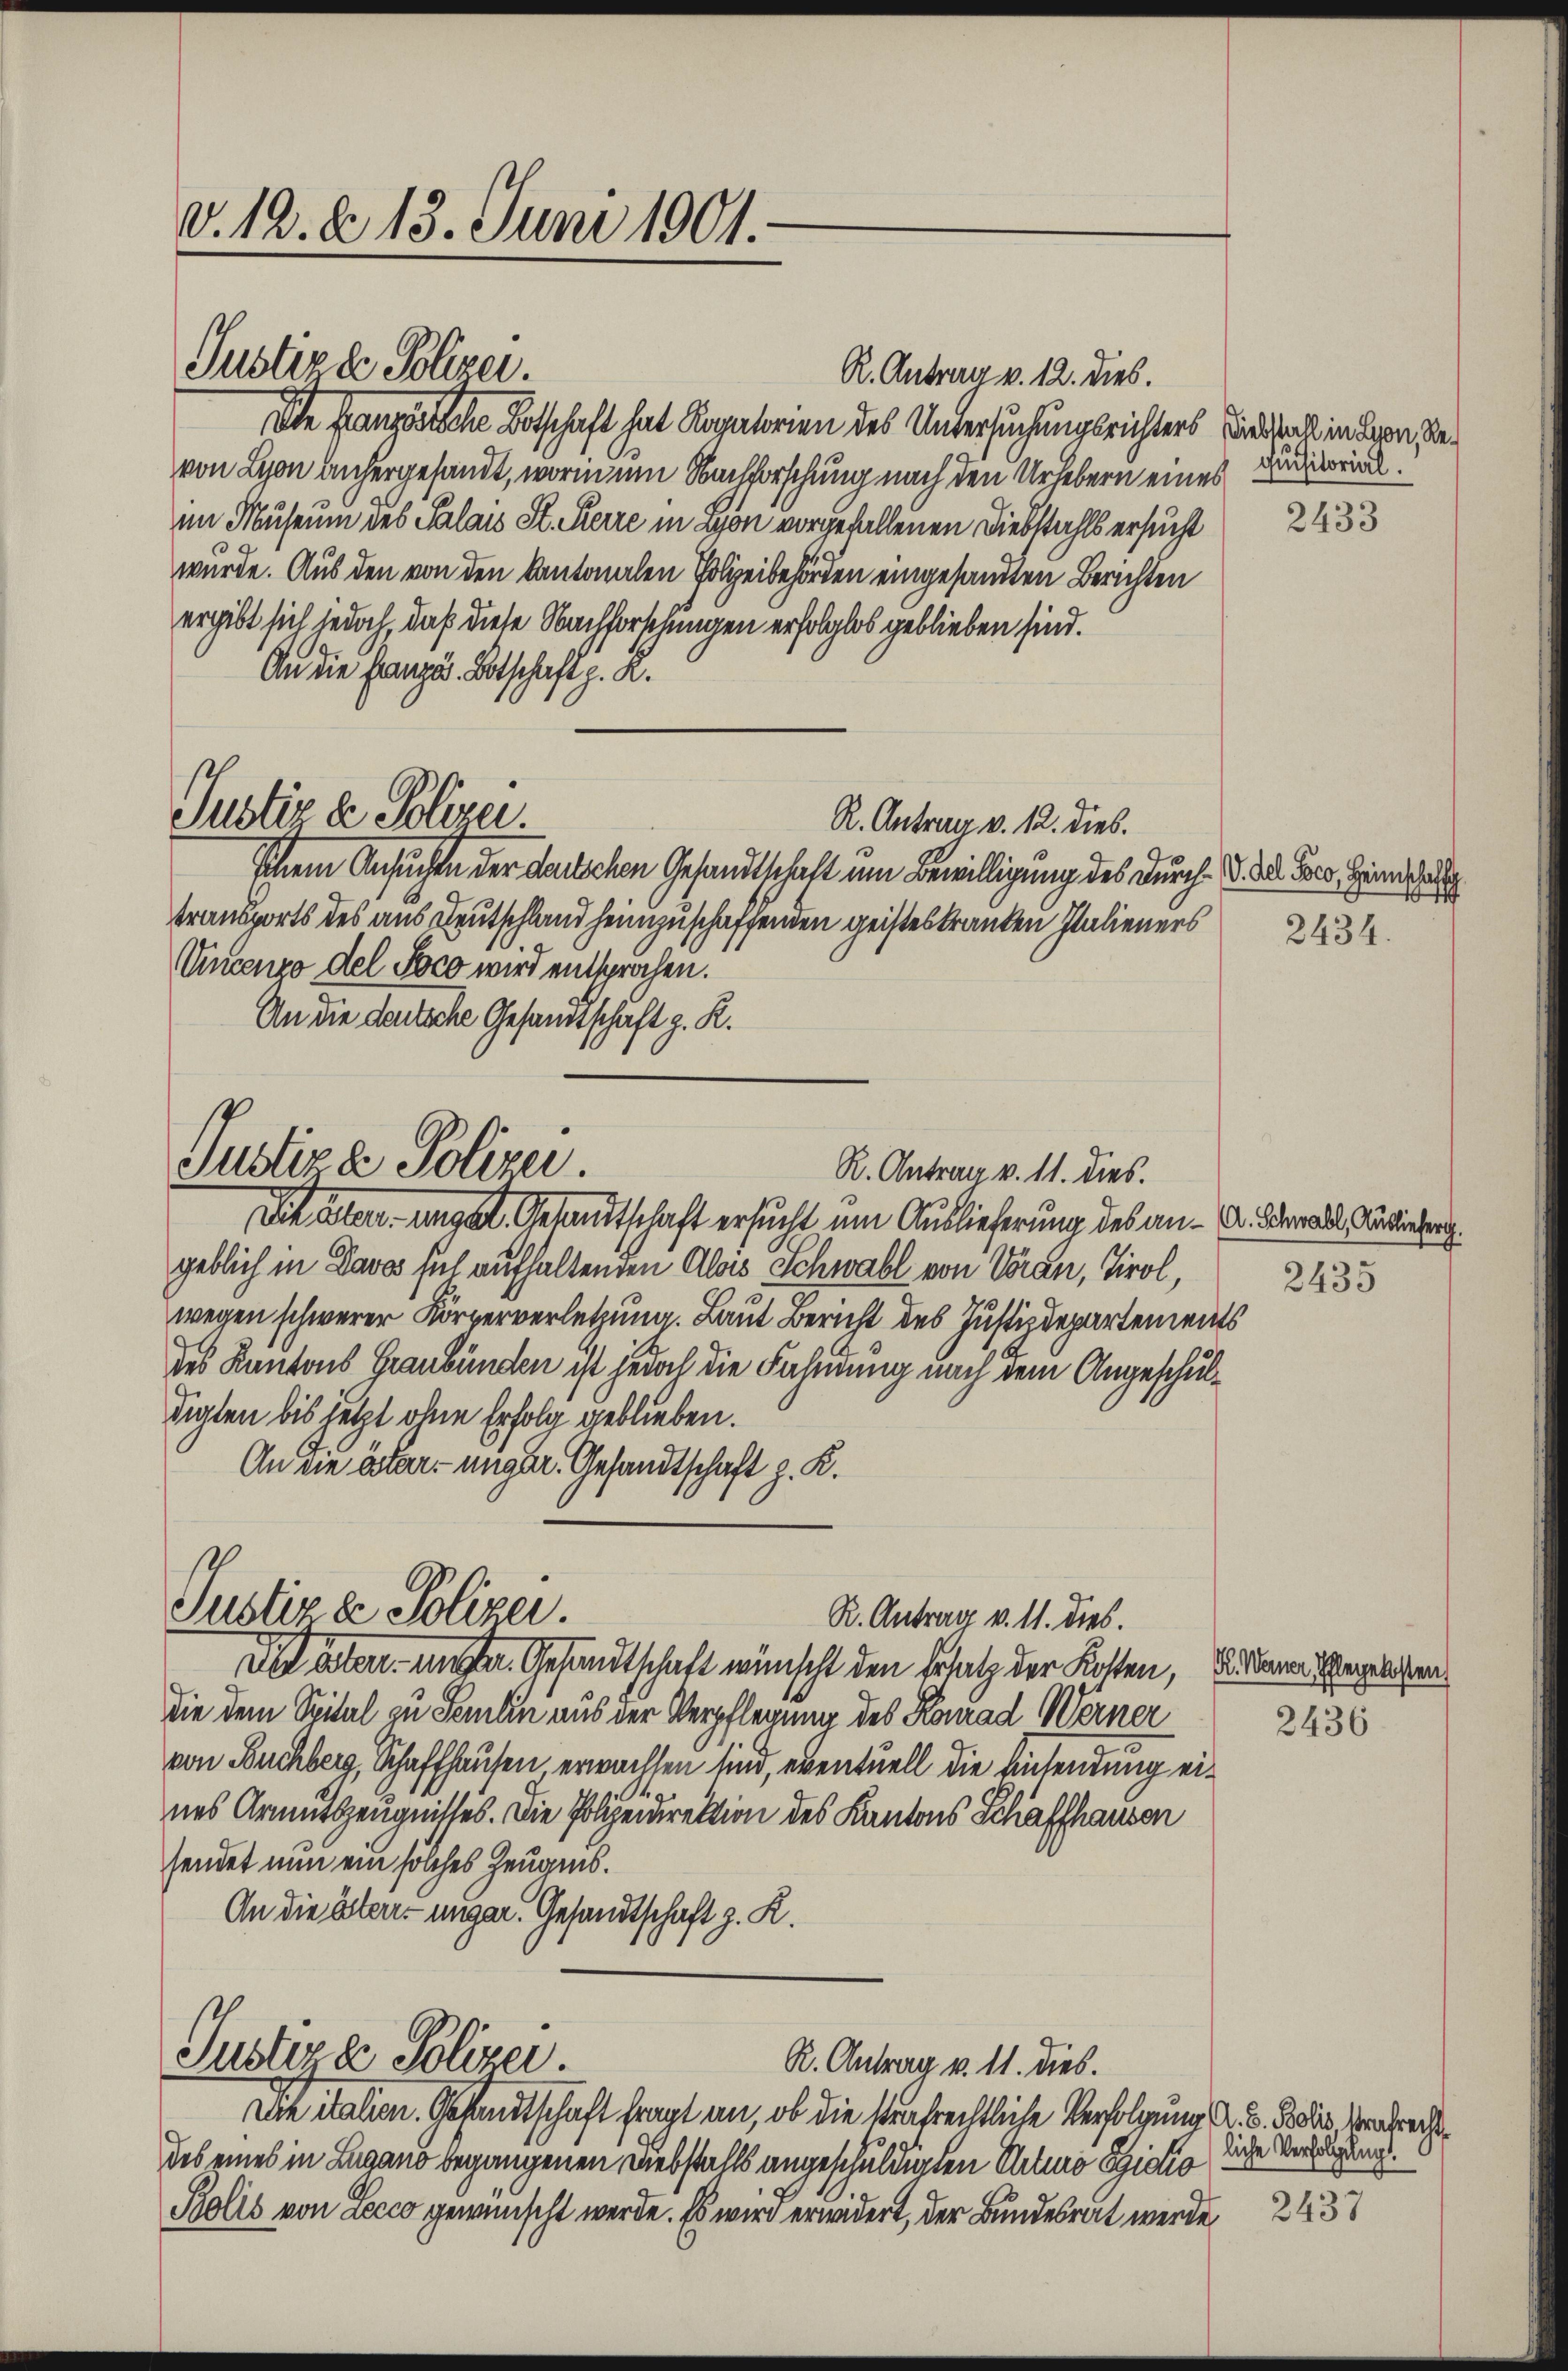
v. 12. d. 13. Juni 1901.

Justiz & Polizei.

Justiz & Polizei.
R. Antrag v. 11. dies.

Justiz & Polizei.

Juster z. Polizei
R. Antrag v. 11. dies.

R. Antrag v. 12. dies.
Die französische Botschaft hat Rogatorien des Untersuchungsrichters wird auch in Bern, bevon Lyon angergesandt, worin um Nachforschung nach den Urhebern eines Diarial.
im Museum des Salais St. Perre in Bon vorgefallenen Diebstahls ersucht
wurde. Aus den von den kantonalen Polizeibehörden eingesandten Berichten
ergibt sich jedoch, daß diese Nachforschungen erfolglos geblieben sind.
An die Französ. Botschaft z. R.
Justiz & Polizei.
R. Antrag v. 12. dies.
Ichem Ansuchte der deutschen Gesandtschaft um Bewilligung des durch. V. da der Heima
transports des aus Deutschland heimzuschaffenden geisteskranken Italieners
Vincenzo del Poco wird entsprochen.
An die deutsche Gesandtschaft z. R.

Ichalen unget. Gesandtschaft ersucht um Auslieferung des an - u. der als Kurienberg
geblich in Davos sul aufhaltenden Alois Schwabl von Voran, Tirol,
wegen schwerer Körperverletzung. Laut Bericht des Justizdepartements
des Kantons Graubünden ist jedoch die Fahndung nach dem Angeschuldigten bis jetzt ohne Erfolg geblieben.
An die aber unger. Gesandtschaft z. K.

Die italien. Gesandtschaft fragt an, ob die verfrechtliche Verfolgung d. d. Rooses Verbrecht
des eines in Lugano begangenen Diebstalls angeschuldigten Arturo Szidio
Bolis von accco gewünscht werde. Es wird erwidert, der Bundesrat werde 243

R. Antrag v. 11. dies.
dich aben unser Gesandtschaft wünscht den Ersatz der Kosten,
die dem Spital zu Semin aus der Verpflegung des Konrad Werner
von Buchberg, Schaffhausen, erwachsen sind, eventuell die Ansendung eines Armutszeugnisses. Die Polizeidirektion des Kantons Schaffhausen
sendet nun ein solches Zeugnis.
An die Ober- unger. Gesandtschaft z. K.

2433

2434.

2435

B. Weiner Pflegekosten
2436

liche Verfolgung.